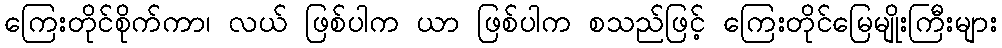
ကြေးတိုင်စိုက်ကာ၊ လယ် ဖြစ်ပါက ယာ ဖြစ်ပါက စသည်ဖြင့် ကြေးတိုင်မြေမျိုးကြီးများ